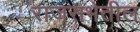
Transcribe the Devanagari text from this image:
राजसभेतील